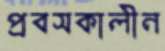
প্রবসকালীন